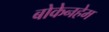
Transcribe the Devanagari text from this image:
बोकेनहेम